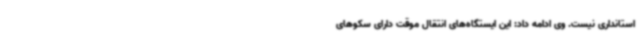
استانداری نیست. وی ادامه داد: این ایستگاه‌های انتقال موقت دارای سکوهای